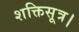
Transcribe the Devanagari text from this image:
शक्तिसूत्र।